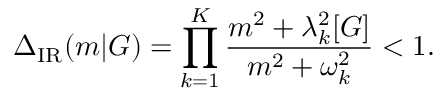
\Delta _ { \mathrm { I R } } ( m | G ) = \prod _ { k = 1 } ^ { K } \frac { m ^ { 2 } + \lambda _ { k } ^ { 2 } [ G ] } { m ^ { 2 } + \omega _ { k } ^ { 2 } } < 1 .